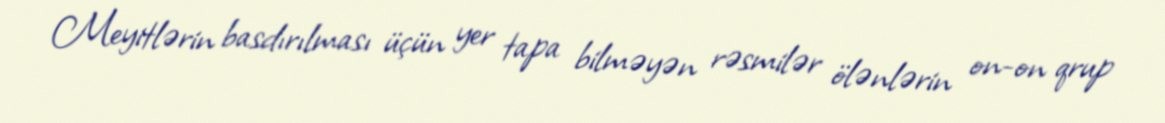
Meyitlərin basdırılması üçün yer tapa bilməyən rəsmilər ölənlərin on-on qrup